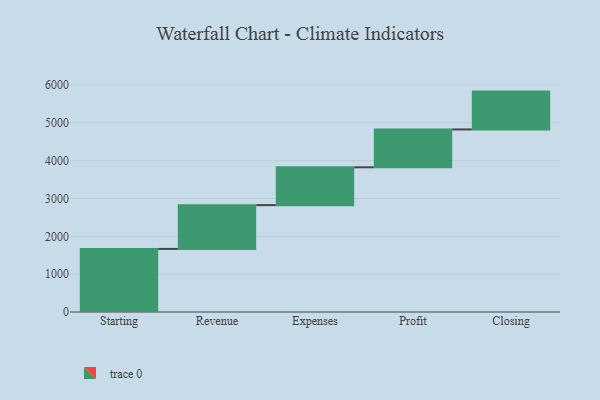
{"axis": {"x": "Step", "y": "Value"}, "legend": [""], "data": [{"x": "Starting", "y": 1667.0, "type": ""}, {"x": "Revenue", "y": 1157.0, "type": ""}, {"x": "Expenses", "y": 1000, "type": ""}, {"x": "Profit", "y": 1000, "type": ""}, {"x": "Closing", "y": 1000, "type": ""}]}